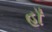
હાઁ